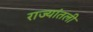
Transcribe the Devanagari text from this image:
राज्यांतली